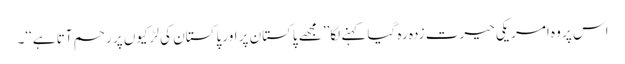
اس پر وہ امریکی حیرت زدہ رہ گیا کہنے لگا’’مجھے پاکستان پر اور پاکستان کی لڑکیوں پر رحم آتا ہے‘‘۔